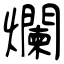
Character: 爛